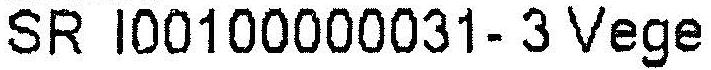
SR I00100000031- 3 VEGE